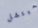
ميتشل